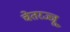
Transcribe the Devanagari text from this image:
चेतरज्जू